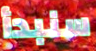
سنبدأ